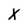
Character: X